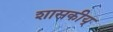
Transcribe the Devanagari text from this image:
शासकीय्